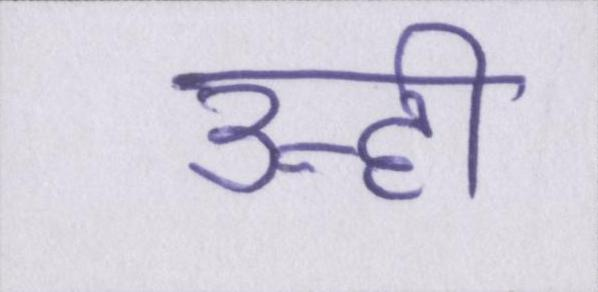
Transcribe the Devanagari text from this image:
उन्ही